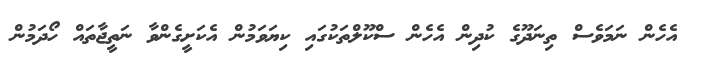
އެހެން ނަމަވެސް ތިނަދޫގެ ކުދިން އެހެން ސްކޫލްތަކުގައި ކިޔަވަމުން އެކަށީގެންވާ ނަތީޖާތައް ހޯދަމުން